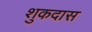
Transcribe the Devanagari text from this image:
शुकदास